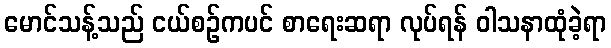
မောင်သန့်သည် ငယ်စဉ်ကပင် စာရေးဆရာ လုပ်ရန် ဝါသနာထုံခဲ့ရာ